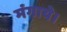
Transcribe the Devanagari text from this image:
मंगाये।